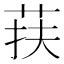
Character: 荴